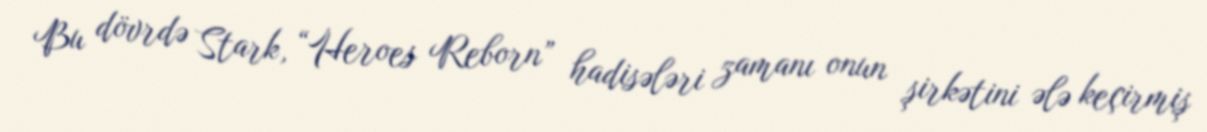
Bu dövrdə Stark, “Heroes Reborn” hadisələri zamanı onun şirkətini ələ keçirmiş